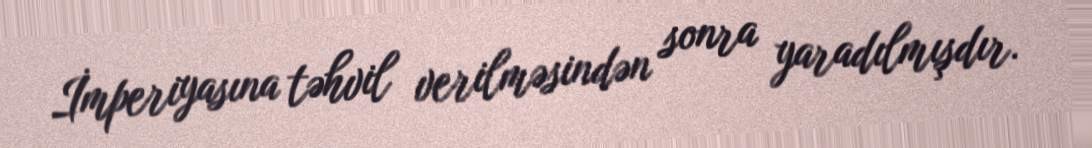
İmperiyasına təhvil verilməsindən sonra yaradılmışdır.